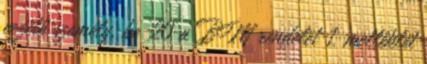
vezető személy, be 20 a BM rendelet 1. melléklet